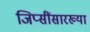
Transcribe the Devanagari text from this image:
जिप्सींसारख्या